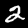
Digit: 2